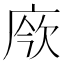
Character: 𢉄